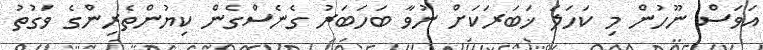
އަވަސް ނޫހުން މި ކަހަލަ ޚަބަރަކަށް ނުވާ ބަހަބަރު ގެނެސްގެން ކިޔުންތެރިންގެ ވަގުތު